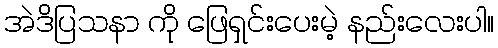
အဲဒိပြသနာ ကို ဖြေရှင်းပေးမဲ့ နည်းလေးပါ။